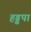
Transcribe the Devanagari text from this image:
हड्डपा